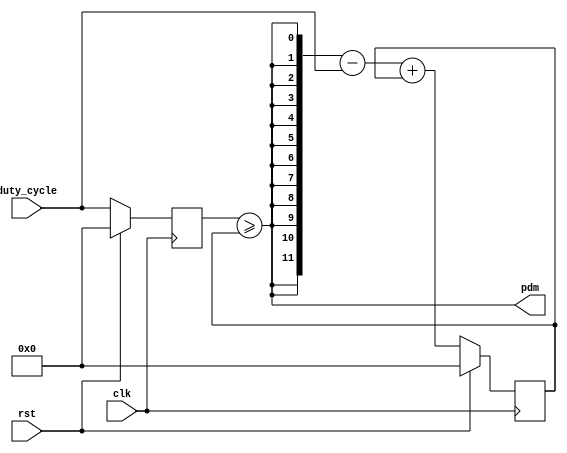
module pdm (
    input clk,
    input rst,
    input [11:0] duty_cycle,
    output pdm  
);
    wire pdm_int;
    reg [11:0] data;
    reg [11:0] error;
    
    always @ (posedge clk) begin
        if (rst)
            data <= 12'b0;
        else
            data <= duty_cycle;
    end

    always @ (posedge clk) begin
        if (rst)
            error <= 12'b0;
        else
            error <= {12{pdm_int}} - duty_cycle + error;
    end

    assign pdm_int = data >= error;
    assign pdm = pdm_int;

endmodule